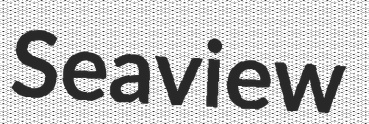
Seaview